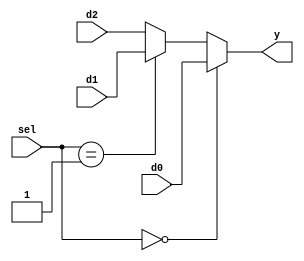
`timescale 1 ns / 1 ps
module mux3to1(input [15:0] d0, d1, d2,
		input [1:0] sel,
		output reg [15:0] y);

always@(d0 or d1 or d2)
begin
	if(sel == 2'b00)
		y <= d0;
	else if(sel == 2'b01)
		y <= d1;
	else
		y <= d2;
end
endmodule